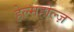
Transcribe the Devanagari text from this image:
हेल्महोल्ज़